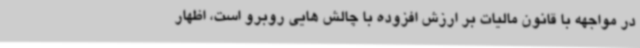
در مواجهه با قانون مالیات بر ارزش افزوده با چالش هایی روبرو است، اظهار